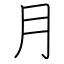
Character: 月